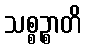
သစ္စဉ္စာတိ